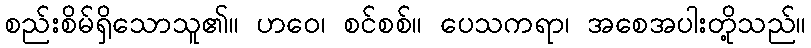
စည်းစိမ်ရှိသောသူ၏။ ဟဝေ၊ စင်စစ်။ ပေသကရာ၊ အစေအပါးတို့သည်။